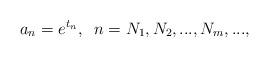
LaTeX: \begin{align*}a_n= e^{t_n},\;\;n=N_1,N_2,...,N_m,...,\end{align*}